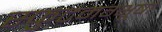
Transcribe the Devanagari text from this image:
स्फुटमग्भूषां